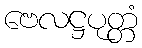
ဗေလဋ္ဌပုတ္တံ